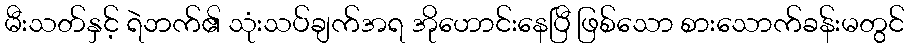
မီးသတ်နှင့် ရဲဘက်၏ သုံးသပ်ချက်အရ အိုဟောင်းနေပြီ ဖြစ်သော စားသောက်ခန်းမတွင်